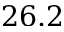
2 6 . 2